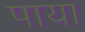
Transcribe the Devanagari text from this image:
पाया